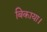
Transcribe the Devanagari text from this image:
बिकाया।